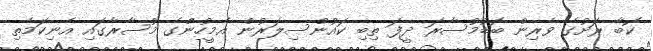
ކޮބާ ރަށުގެ ވެރިން ބޮޑުމުސާރަ ދީފަ ތިބި ކައުންސިލަރުން އެމީހުންގެ މުސާރާގައި އެނިކަމެތި